Scottish Leaving Certificate Examination, 1958
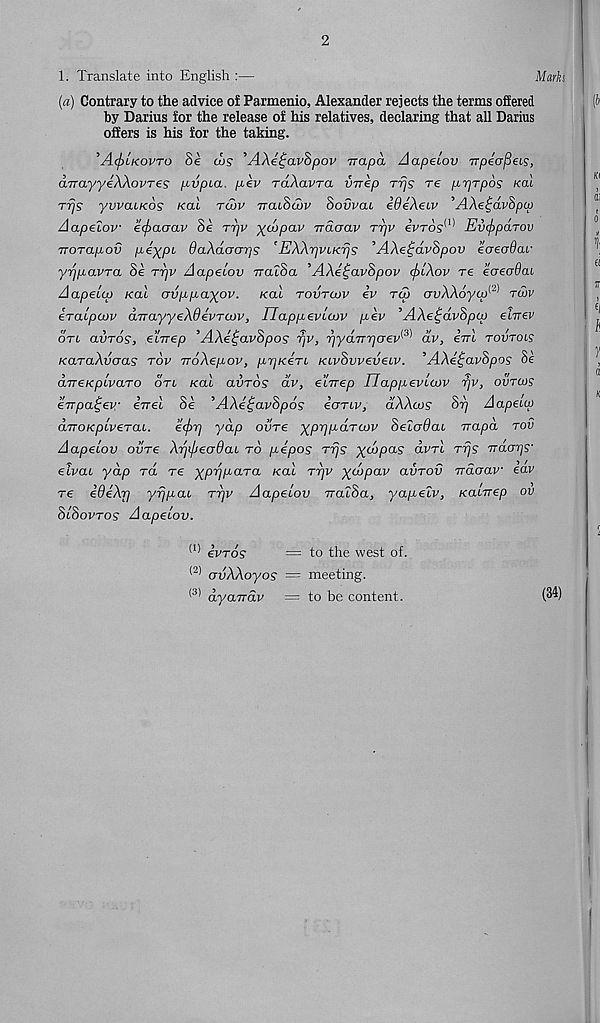
2
1. Translate into English :—
Marks
(a) Contrary to the advice of Parmenio, Alexander rejects the terms offered
by Darius for the release of his relatives, declaring that all Darius
offers is his for the taking.
’AcfiLKOVTo Se MS 'AXe^avSpov Trapa Aapelov TTpecrfleLS,
a'nayyeXXovTes p-vpca. p.ev raXavra vnep Trjs re p,rjTp6s Kal
rfjs yvvaiKOS Kal tu>v TratScny Sovvai iOeXecv ’AXe^avBpw
Aapelov ecf>aaav Se tt/v ytopav Traoav t^v ivros^ Evcjrpdrov
TTorapov peypt OaXdaarjS ’EXXrjvLKrjs ’AXe^dvSpov ecreadar
yrjpavTa Si rrjv Aapeiov iralSa ’AXe^avSpov cficXov re ecreadai
Aapeccp Kal avpp-ayov. Kal tovtcov iv tw avXXoycp^ twv
iracpow dvayyeXdevTCJv, UappevLcov p-iv ’AXeidvSptp ei-nev
otl avros, ei-rrep , AXe^avSpos TjV, rjyaTrrjaev^ dv, irrl tovtols
KaraXvcras tov rroXepov, prjKeTL KivSvveveiv. ’AXe^avSpos Si
dveKplvaTO on Kal avros dv, eirrep IJappevlcvv rjv, ovtcos
eTrpa^ev errel Se ’AXei;avSp6s eonv, dXXcos Sr] Aapectp
(XTroKpiveTaL.
e<f>r] yap ovre yprjpdTtov SelcrOaL rrapd tov
Aapeiov ovre Xrjijjecjdai to pepos Trjs ydopas dvA Trjs rraar/s'
eivai yap ra re yprjpaTa Kal tt)v ycopav avTOV Traaav eav
re edeXp yrjpai ttjv Aapeiov TratSa, yapelv, Kalrrep ov
SISovtos Aapeiov.
(1) evTos
= to the west of.
(2) avXXoyos = meeting.
dyairdv = to be content.
(34)